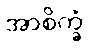
အာစိက္ခံ